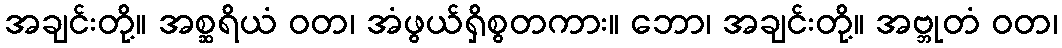
အချင်းတို့။ အစ္ဆရိယံ ဝတ၊ အံဖွယ်ရှိစွတကား။ ဘော၊ အချင်းတို့။ အဗ္ဘုတံ ဝတ၊